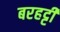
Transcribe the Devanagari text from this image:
बरहट्टी